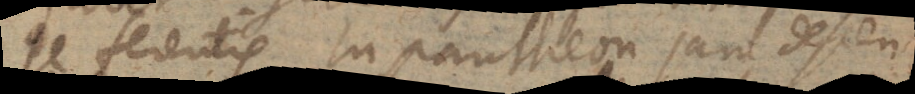
se ferentis in pantheon jam descen